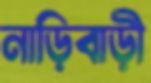
নাড়িবাড়ী